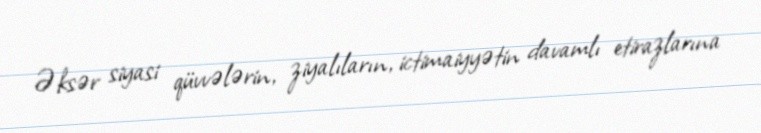
Əksər siyasi qüvvələrin, ziyalıların, ictimaiyyətin davamlı etirazlarına